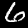
Label: 6